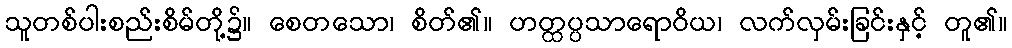
သူတစ်ပါးစည်းစိမ်တို့၌။ စေတသော၊ စိတ်၏။ ဟတ္ထပ္ပသာရောဝိယ၊ လက်လှမ်းခြင်းနှင့် တူ၏။